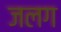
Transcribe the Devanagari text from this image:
जलग